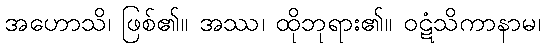
အဟောသိ၊ ဖြစ်၏။ အဿ၊ ထိုဘုရား၏။ ဝဋံသိကာနာမ၊